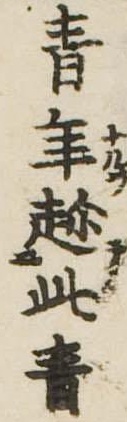
青年趁此青